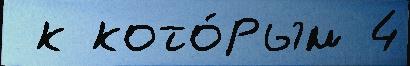
 к кото́рым 4